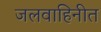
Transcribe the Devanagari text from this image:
जलवाहिनीत